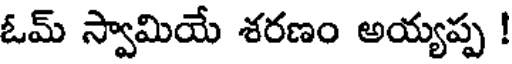
ఓమ్ స్వామియే శరణం అయ్యప్ప !